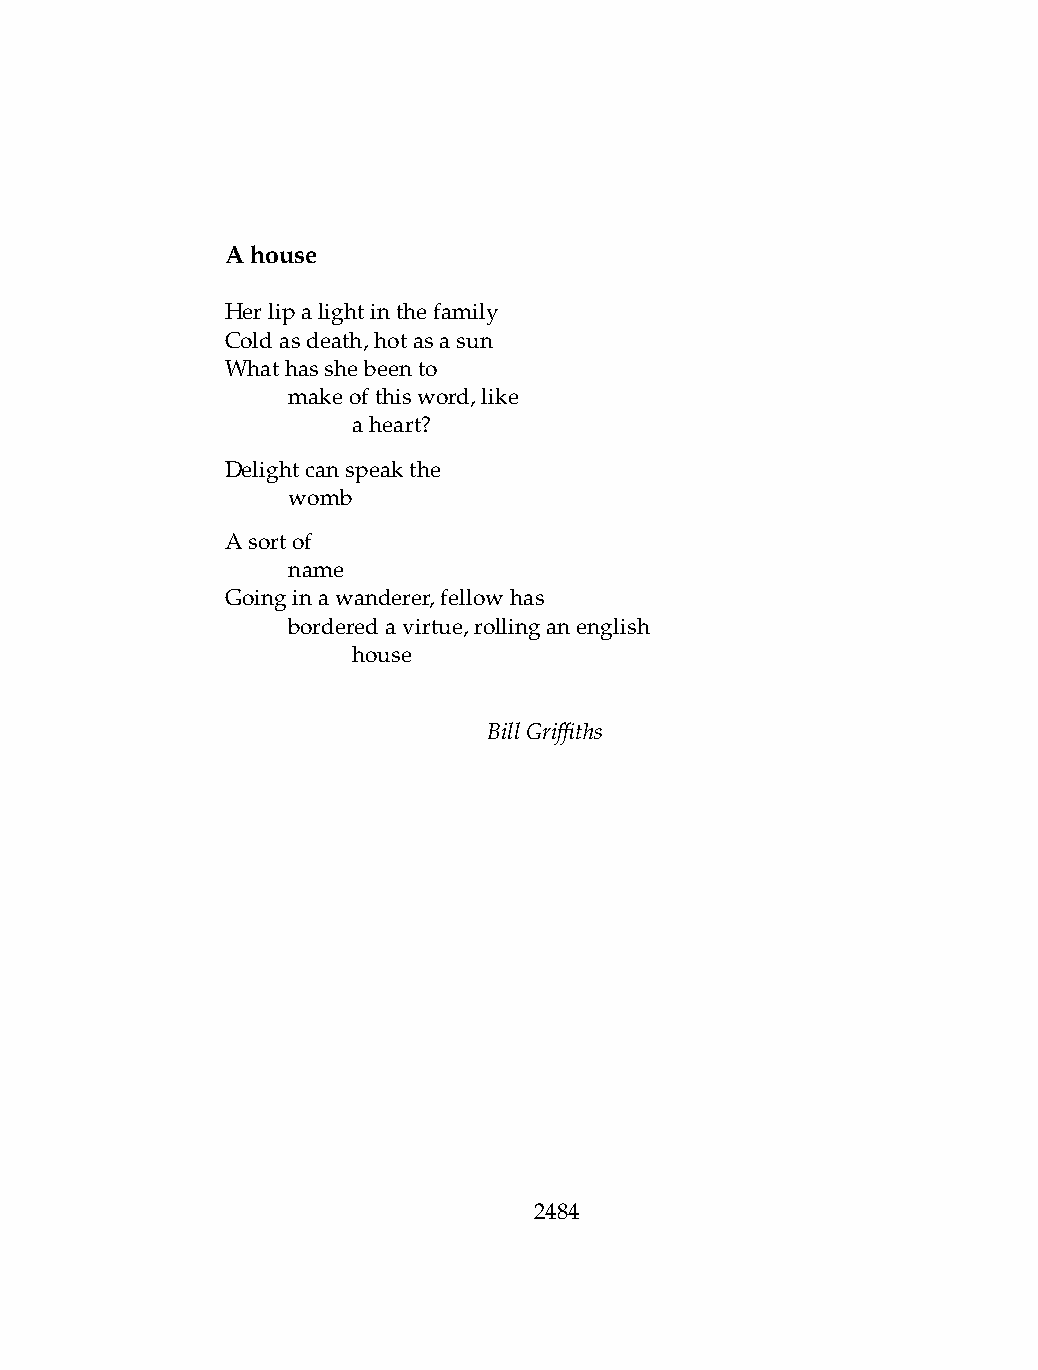
Ahouse
 Herlipalightinthefamily
 Coldasdeath,hotasasun
 Whathasshebeento
 .   makeofthisword,like
 .   .   aheart?
 Delightcanspeakthe
 .   womb
 Asortof
 .   name
 Goinginawanderer,fellowhas
 .   borderedavirtue,rollinganenglish
 .   .   house
 BillGriffiths
 2484